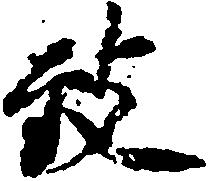
致